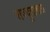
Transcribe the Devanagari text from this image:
राज्दुताबास